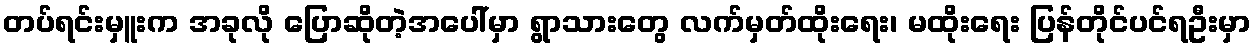
တပ်ရင်းမှူးက အခုလို ပြောဆိုတဲ့အပေါ်မှာ ရွာသားတွေ လက်မှတ်ထိုးရေး၊ မထိုးရေး ပြန်တိုင်ပင်ရဦးမှာ